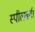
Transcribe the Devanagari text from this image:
स्पीलबर्ग।